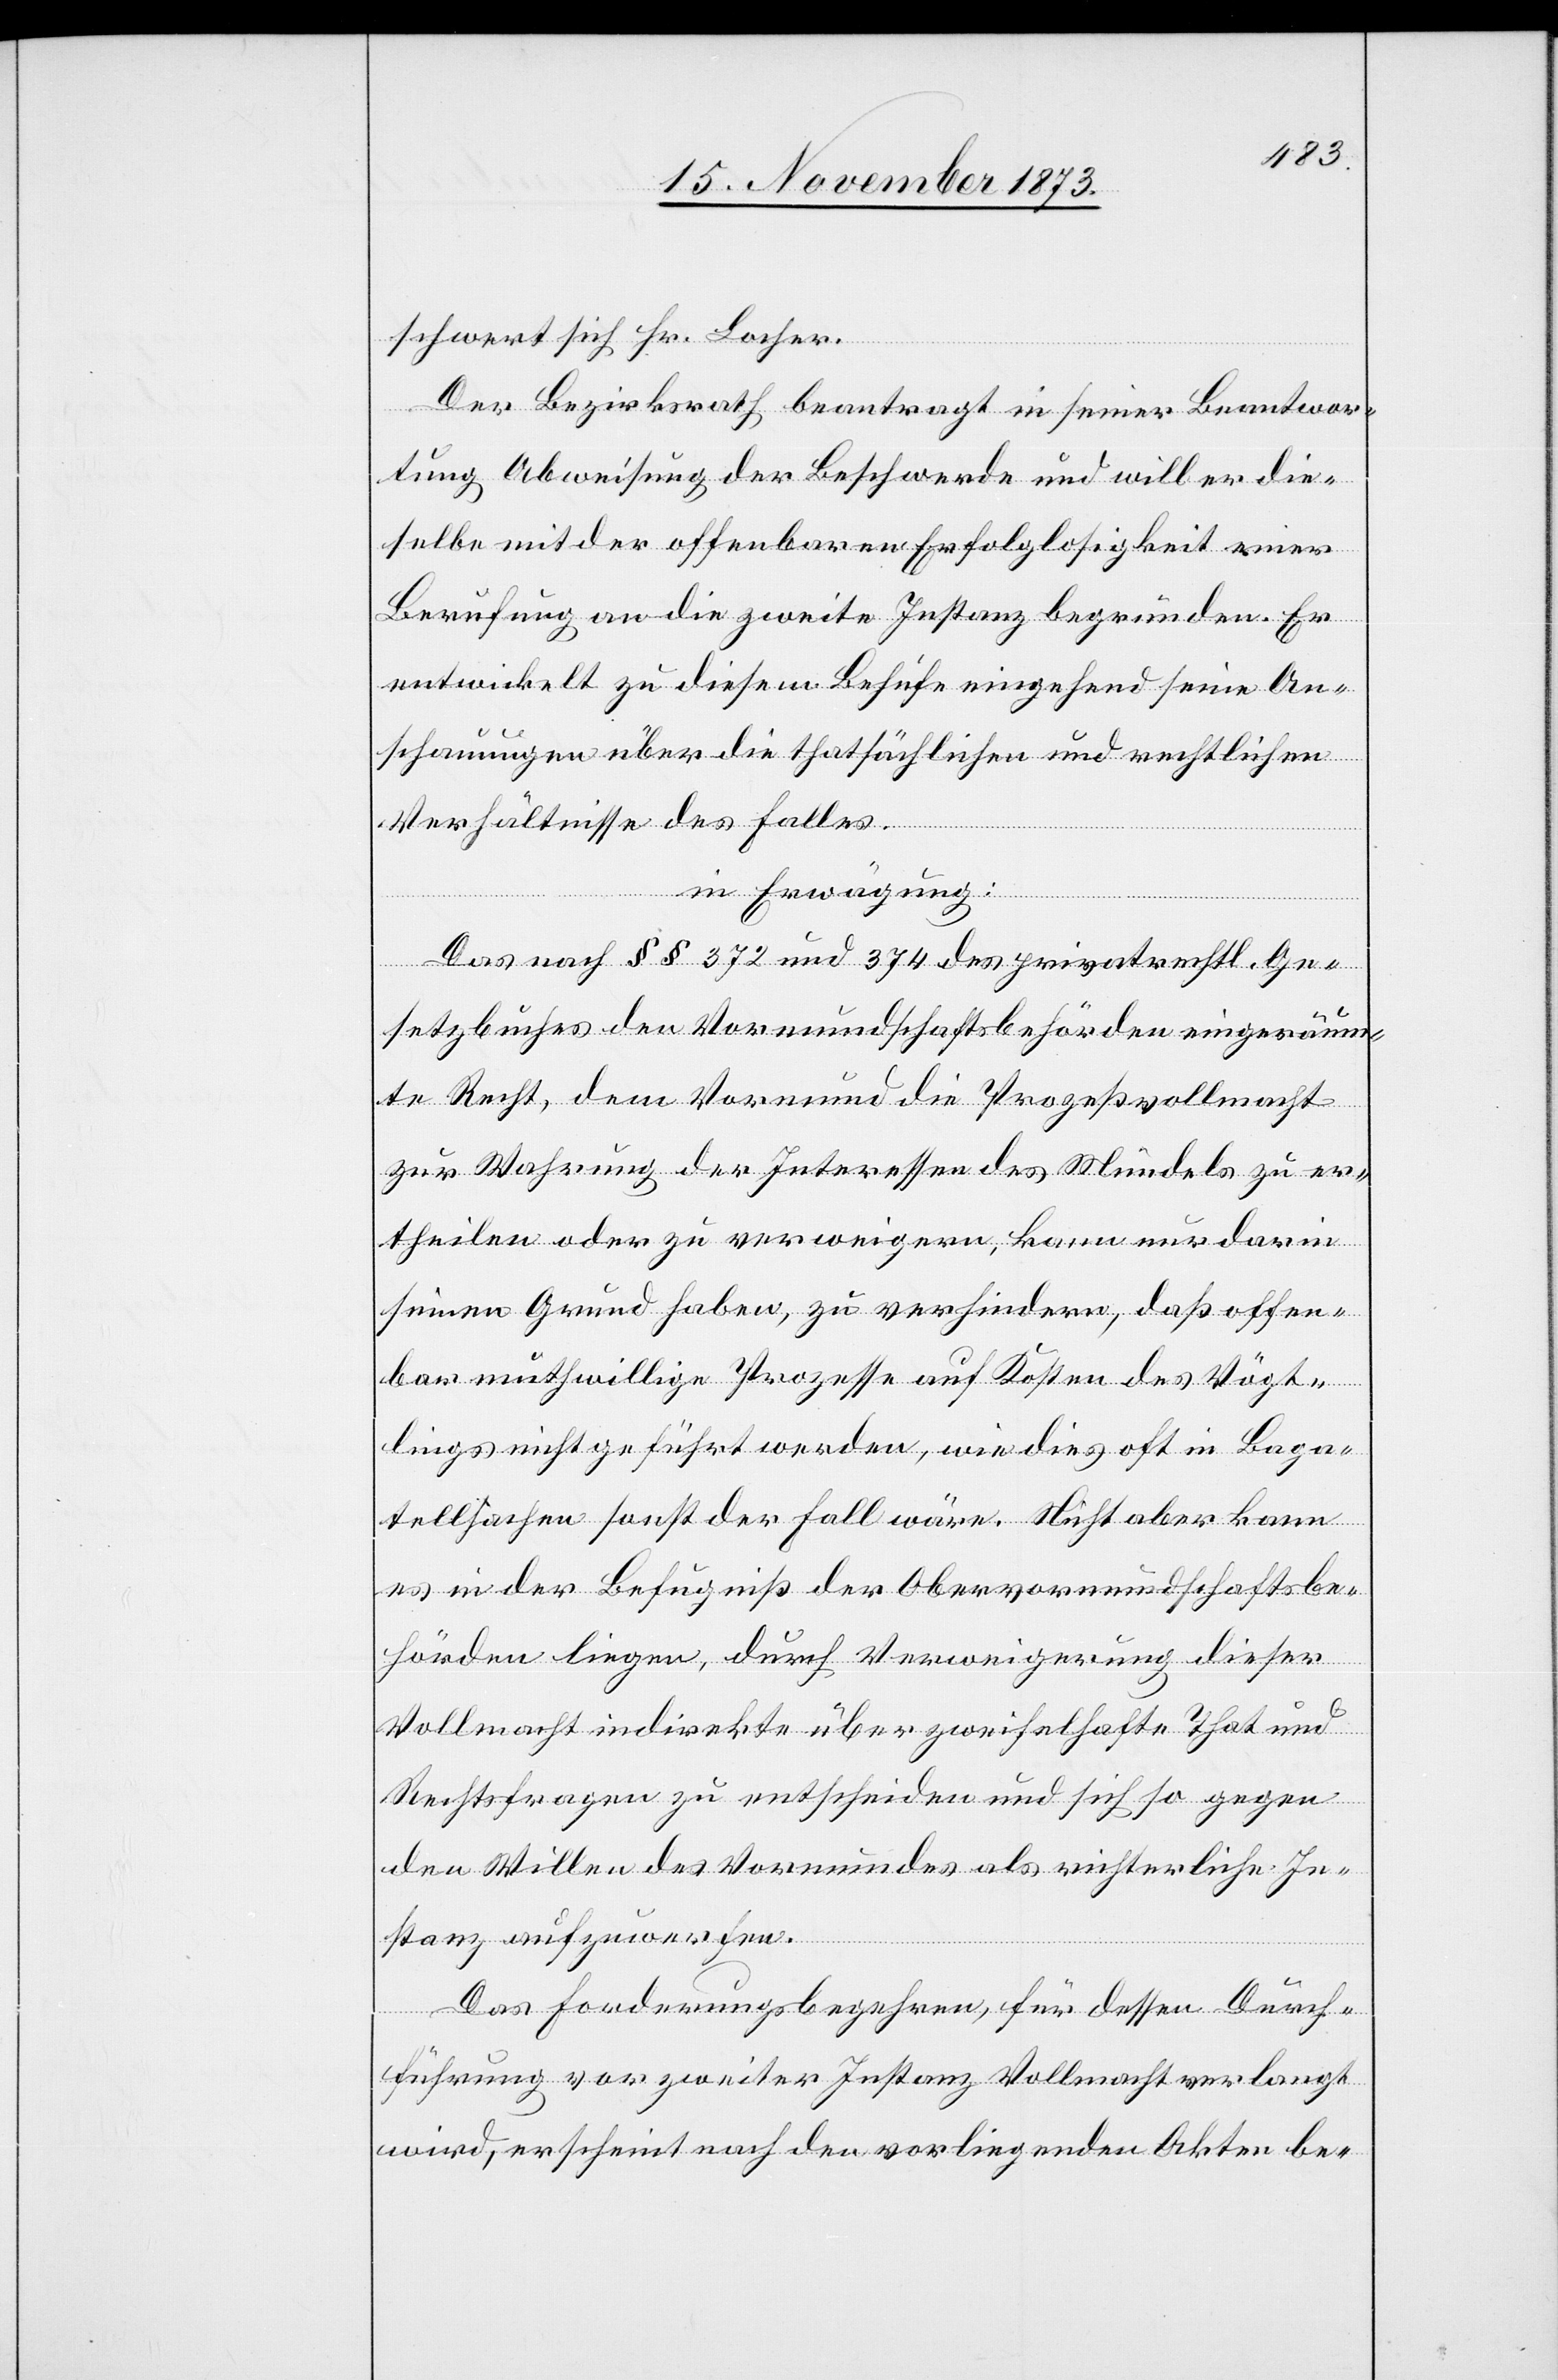
schwert sich Hr. Locher.
Der Bezirksrath beantragt in seiner Beantwor¬
tung Abweisung der Beschwerde und will er die¬
selbe mit der offenbaren Erfolglosigkeit einer
Berufung an die zweite Instanz begründen. Er
entwickelt zu diesem Behufe eingehend seine An¬
schauungen über die thatsächlichen und rechtlichen
Verhältnisse des Falles.
in Erwägung:
Das nach §§ 372 und 374 des privatrechtl. Ge¬
setzbuches den Vormundschaftsbehörden eingeräum¬
te Recht, dem Vormund die Prozeßvollmacht
zur Wahrung der Interessen des Mündels zu er¬
theilen oder zu verweigern, kann nur darin
seinen Grund haben, zu verhindern, daß offen¬
bar muthwillige Prozesse auf Kosten des Vögt¬
lings nicht geführt werden, wie dies oft in Baga¬
tellsachen sonst der Fall wäre. Nicht aber kann
es in der Befugniß der Obervormundschaftsbe¬
hörden liegen, durch Verweigerung dieser
Vollmacht indirekte über zweifelhafte That und
Rechtsfragen zu entscheiden und sich so gegen
den Willen des Vormundes als richterliche In¬
stanz aufzuwerfen.
Das Forderungsbegehren, für dessen Durch¬
führung vor zweiter Instanz Vollmacht verlangt
wird, erscheint nach den vorliegenden Akten be-